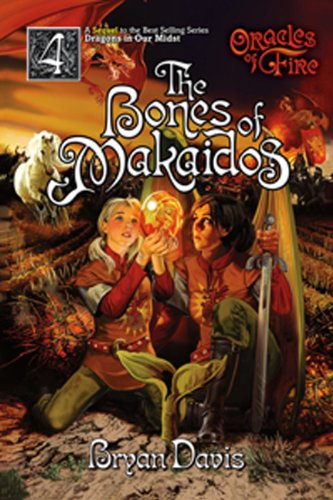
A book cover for The Bones of Makaidos (Oracles of Fire); Bryan Davis; Teen & Young Adult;